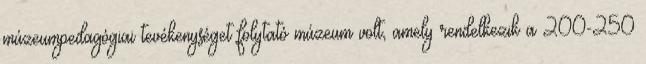
múzeumpedagógiai tevékenységet folytató múzeum volt, amely rendelkezik a 200-250